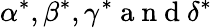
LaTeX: \alpha^{*},\beta^{*},\gamma^{*}\mathrm{~a~n~d~}\delta^{*}